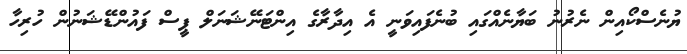
ޔުނެސްކޯއިން ނެރުނު ބަޔާނެއްގައި ބުނެފައިވަނީ އެ އިދާރާގެ އިންޓަނޭޝަނަލް ޕީސް ފައުންޑޭޝަނުން ހުރިހާ